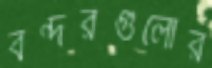
বন্দরগুলোর